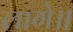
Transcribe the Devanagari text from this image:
लागे॥